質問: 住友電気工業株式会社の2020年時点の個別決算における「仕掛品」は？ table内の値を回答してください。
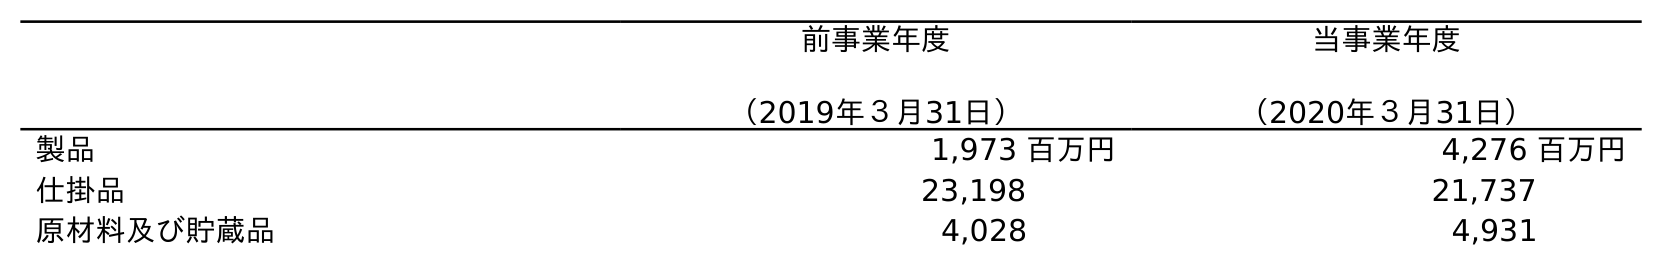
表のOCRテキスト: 前事業年度 （2019年３月31日） 当事業年度 （2020年３月31日） 製品 1,973 百万円 4,276 百万円 仕掛品 23,198 21,737 原材料及び貯蔵品 4,028 4,931
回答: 21,737